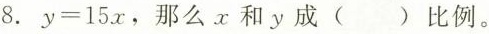
8. $$y=15 x$$,那么x和y成( )比例.。